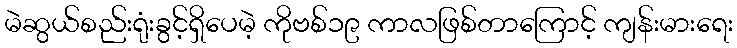
မဲဆွယ်စည်းရုံးခွင့်ရှိပေမဲ့ ကိုဗစ်၁၉ ကာလဖြစ်တာကြောင့် ကျန်းမားရေး